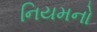
નિયમનો